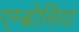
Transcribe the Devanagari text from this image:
एम्ब्रोसिया